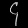
Digit: ၄